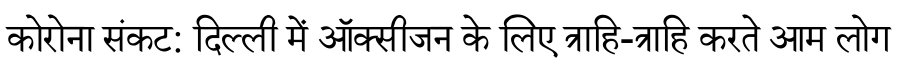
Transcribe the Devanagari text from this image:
कोरोना संकट: दिल्ली में ऑक्सीजन के लिए त्राहि-त्राहि करते आम लोग